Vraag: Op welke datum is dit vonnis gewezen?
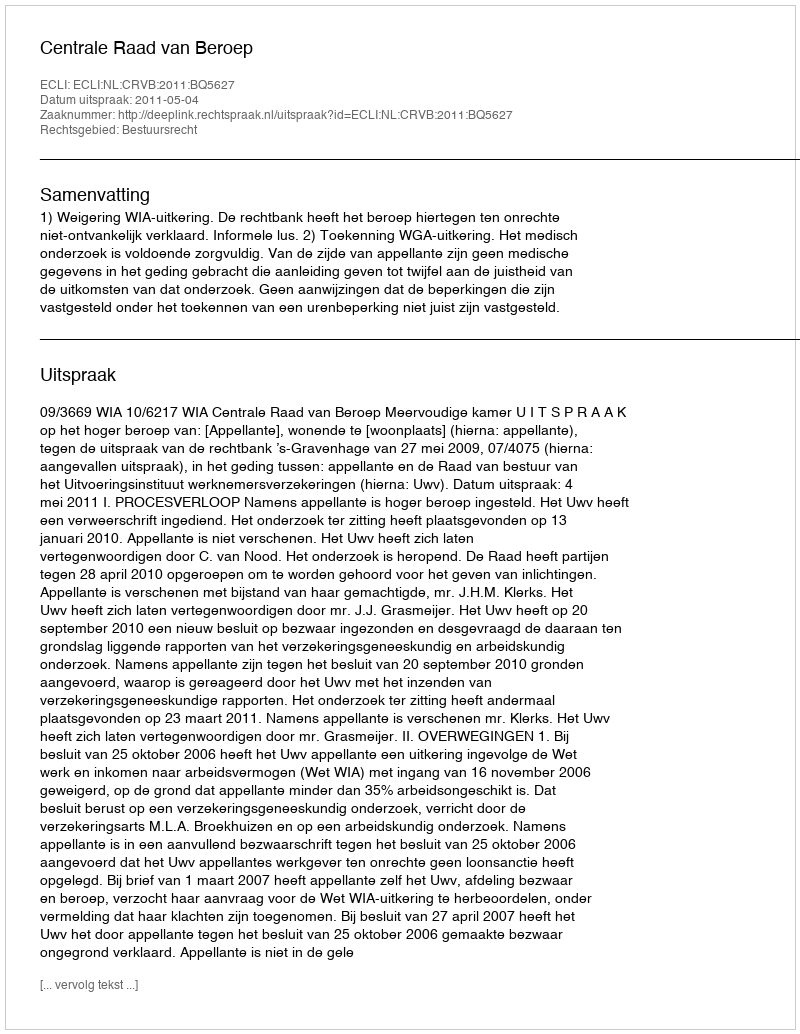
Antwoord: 2011-05-04